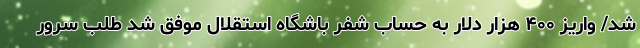
شد/ واریز ۴۰۰ هزار دلار به حساب شفر باشگاه استقلال موفق شد طلب سرور